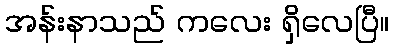
အန်းနာသည် ကလေး ရှိလေပြီ။